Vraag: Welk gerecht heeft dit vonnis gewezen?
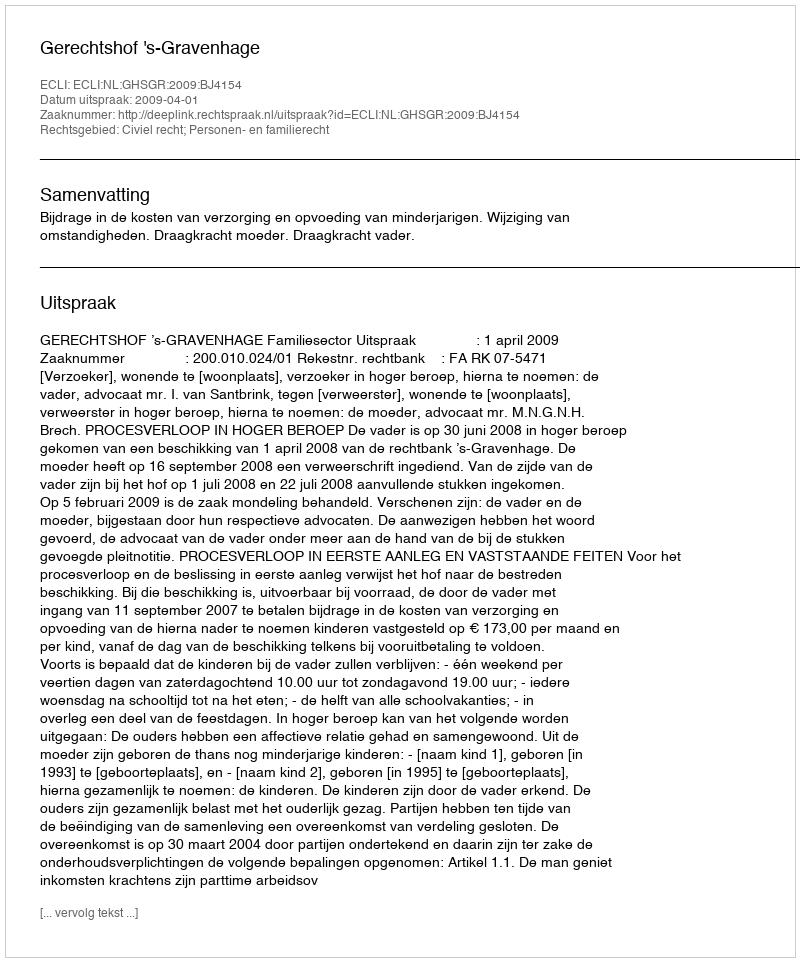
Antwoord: Gerechtshof 's-Gravenhage